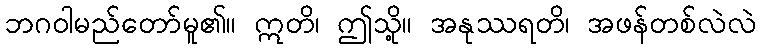
ဘဂဝါမည်တော်မူ၏။ ဣတိ၊ ဤသို့။ အနုဿရတိ၊ အဖန်တစ်လဲလဲ